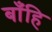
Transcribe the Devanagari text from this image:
बाँहि